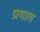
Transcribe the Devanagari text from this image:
प्रगात